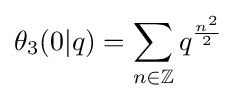
\theta _{3}(0|q)=\sum _{n\in \mathbb {Z} }q^{\frac {n^{2}}{2}}